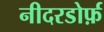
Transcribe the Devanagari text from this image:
नीदरडोर्फ़